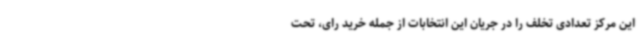
این مرکز تعدادی تخلف را در جریان این انتخابات از جمله خرید رای، تحت